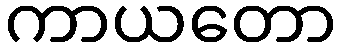
ကာယတော